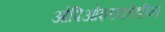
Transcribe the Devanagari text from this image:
ओपिओइडकोडीन